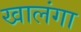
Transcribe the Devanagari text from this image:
खालंगा